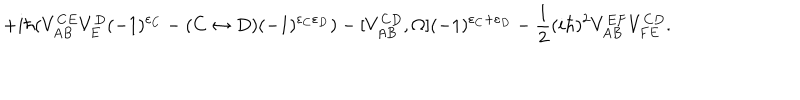
+ i \hbar ( V _ { A B } ^ { C E } V _ { E } ^ { D } ( - 1 ) ^ { \varepsilon _ { C } } - ( C \leftrightarrow D ) ( - 1 ) ^ { \varepsilon _ { C } \varepsilon _ { D } } ) - [ V _ { A B } ^ { C D } , \Omega ] ( - 1 ) ^ { \varepsilon _ { C } + \varepsilon _ { D } } - \frac { 1 } { 2 } ( i \hbar ) ^ { 2 } V _ { A B } ^ { E F } V _ { F E } ^ { C D } .